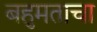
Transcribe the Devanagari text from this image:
बहुमताचा